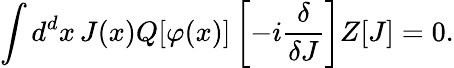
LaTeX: \int d^{d}x\, J(x)Q[\varphi(x)]\left[-i{\frac{\delta}{\delta J}}\right]Z[J]=0.